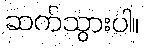
ဆက်သွားပါ။